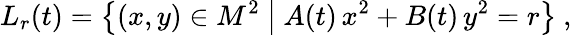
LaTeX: L_{r}(t)=\big\{ (x,y)\in M^{2}\ \big|\ A(t)\, x^{2}+B(t)\, y^{2}=r\big\} \ ,